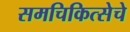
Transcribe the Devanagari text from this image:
समचिकित्सेचे